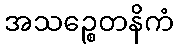
အသဉ္စေတနိကံ